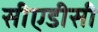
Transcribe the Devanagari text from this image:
सीएडीसी